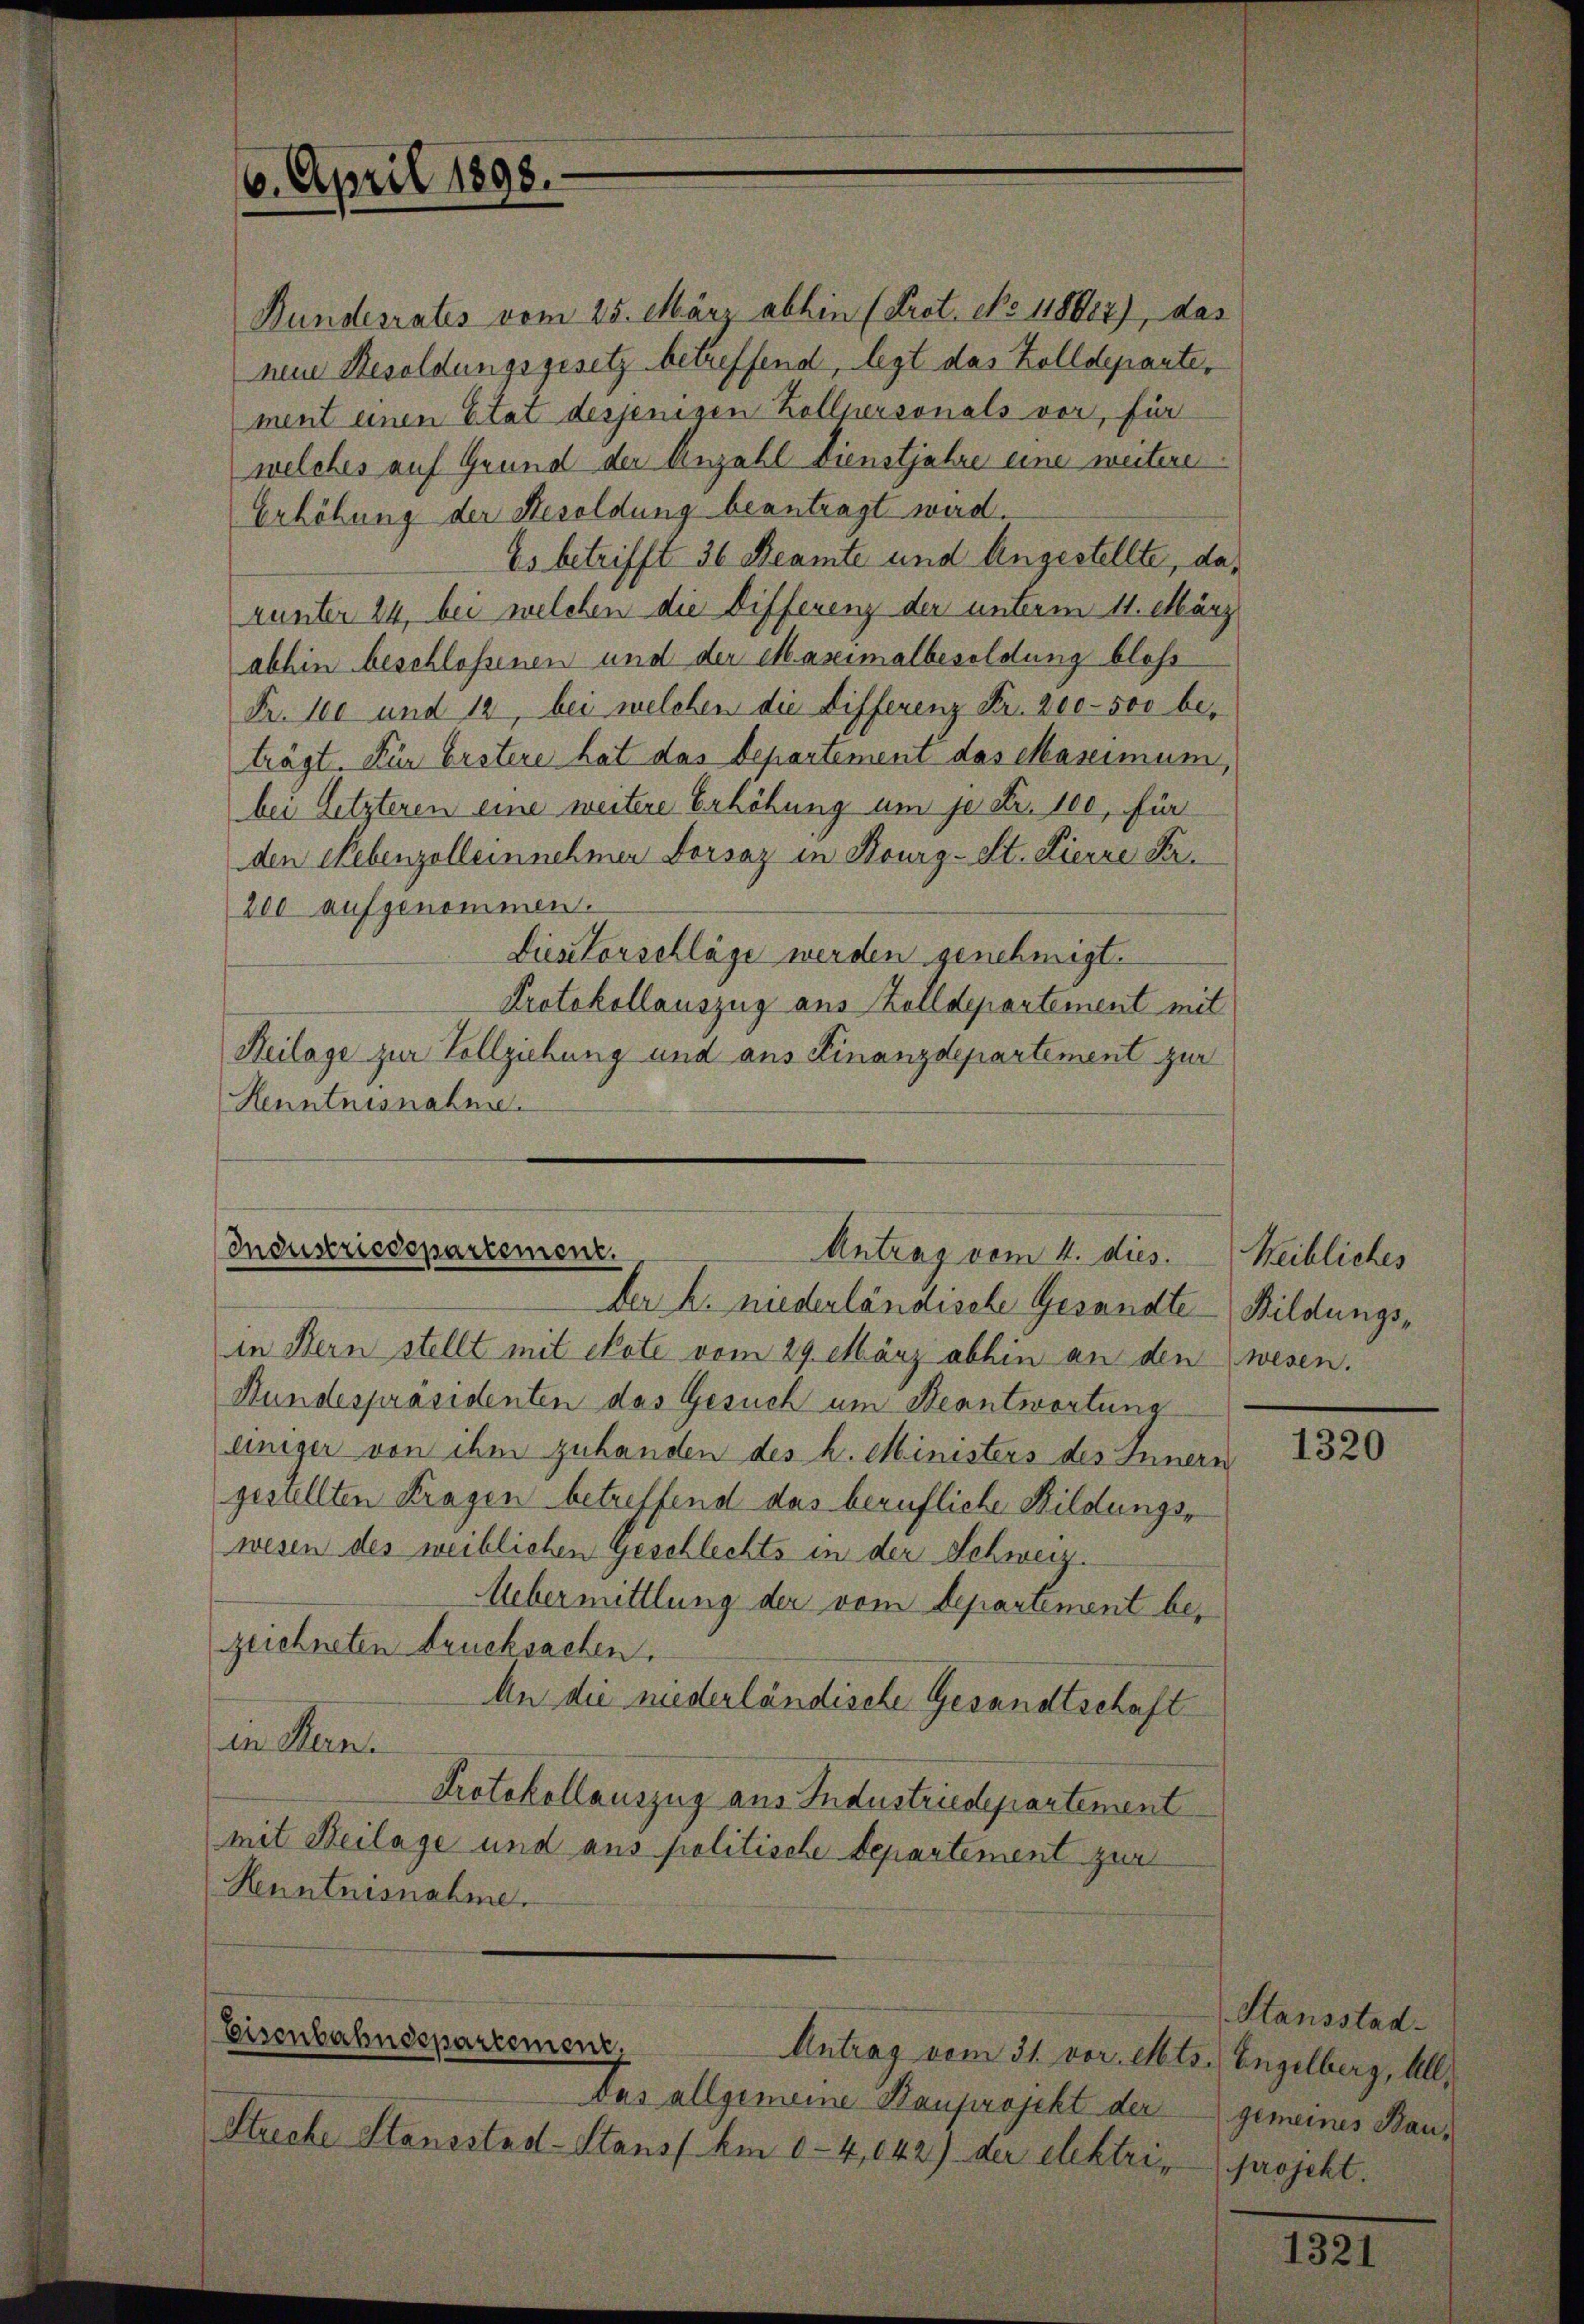
6. April 1898.

welches auf Grund der Anzahl Dienstjahre eine weitere
Erhöhung der Resoldung beantragt wird.
Es betrifft 36 Reamte und Angestellte, da
runter 24, bei welchen die Differenz der unterm 11. März
abhin beschlossenen und der Maseimalbesoldung bloß
Fr. 100 und 12, bei welchen die Differenz Fr. 200 - 500 beträgt. Für Erstere hat das Departement das Maximum,
bei Setzteren eine weitere Erhöhung um je Fr. 100, für
den Rebenzolleinnehmen Dorsaz in Kourg-St. Lierre Fr.
200 aufgenommen.
Diese Vorschläge werden genehmigt.
Protokollauszug aus Zolldepartement mit
Heilage zur Vollziehung und aus Finanzdepartement zur
Henntnisnahme.

Bundesrates vom 25. März abhin (Prot. No 118804), das
neue Besoldungsgesetz betreffend, legt das Zolldepante,
ment einen Etat desjenigen Zollpersonals vor, für

Industriedepartement.
Antrag vom 4. dies.

Der h. niederländische Gesandte
in Bern stellt mit Note vom 29. März abhin an den wesen.
Bundespräsidenten das Gesuch um Beantwortung
einiger von ihm zuhanden des h. Ministers des Innern
gesellten Kragen betreffend das berufliche Bildungswesen des weiblichen Geschlechts in der Schweiz.
Aebermittlung der vom Separtement be-
zeichneten Drucksachen.
An die niederländische Gesandtschaft
in Han
Protokollauszug aus Industriedepartement
mit Beilage und aus politische Departement zur
Henntnisnahme.

Eisenbahndepartement,
Antrag vom 31. vor. Mts. Engelberg, All¬

Das allgemeine Bauprojekt der gemeines Bau-
Streche Stansstadt-Stans. Am 0-4,042) der elektri, projekt.

Heibliches
Bildungs¬

1320

Stansstad

1321